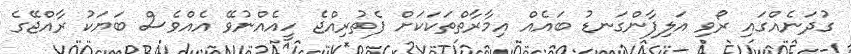
ގުދަނެއްގައި ރޯވި އަލިފާންގަނޑު ބައެއް އިމާރާތްތަކަކަށް ފެތުރިއްޖެ ހީއެއްނުވޭ އެއްވެސް ބަޔަކު ރާއްޖޭގެ